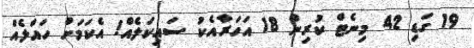
19 ގަޑި 42 މިނެޓް ކުރިން 18 އަހަރާއެކު ސައިކަލެއް! އެކަމަށް ހައްލެއް